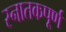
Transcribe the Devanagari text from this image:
स्नातकपूर्ण